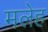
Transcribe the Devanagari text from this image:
मलेह